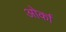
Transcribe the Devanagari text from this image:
ओर्का